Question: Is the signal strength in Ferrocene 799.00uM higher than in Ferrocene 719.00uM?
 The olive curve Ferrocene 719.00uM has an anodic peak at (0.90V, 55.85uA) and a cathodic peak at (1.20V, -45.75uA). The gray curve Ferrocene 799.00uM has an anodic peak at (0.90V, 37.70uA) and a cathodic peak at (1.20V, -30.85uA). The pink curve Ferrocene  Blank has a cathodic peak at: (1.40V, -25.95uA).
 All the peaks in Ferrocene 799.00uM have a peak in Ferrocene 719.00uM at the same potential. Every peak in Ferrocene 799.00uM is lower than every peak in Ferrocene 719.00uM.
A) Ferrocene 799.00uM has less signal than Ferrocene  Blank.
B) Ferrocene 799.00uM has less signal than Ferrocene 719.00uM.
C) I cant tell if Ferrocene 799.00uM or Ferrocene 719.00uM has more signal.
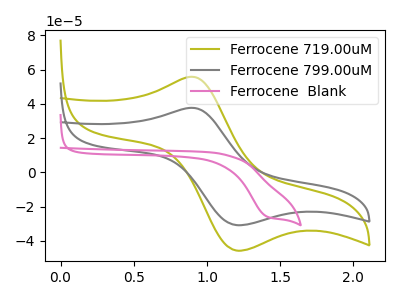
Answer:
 <answer>B) "Ferrocene 799.00uM" has less signal than "Ferrocene 719.00uM".</answer>
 <eval>B</eval>